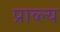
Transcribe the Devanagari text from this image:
प्राव्ल्य